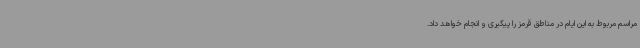
مراسم مربوط به این ایام در مناطق قرمز را پیگیری و انجام خواهد داد.